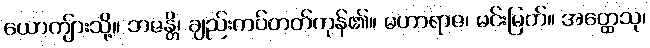
ယောကျ်ားသို့။ ဘဇန္တိ၊ ချည်းကပ်တတ်ကုန်၏။ မဟာရာဇ၊ မင်းမြတ်။ အတ္ထေသု၊